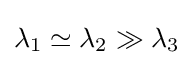
\lambda _{1}\simeq \lambda _{2}\gg \lambda _{3}